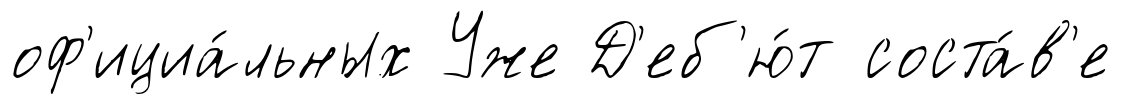
оф'ициа́льных Уже Д'еб'ю́т соста́в'е